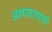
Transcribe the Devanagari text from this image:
अग्रवालाची